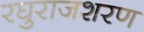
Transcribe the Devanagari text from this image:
रघुराजशरण